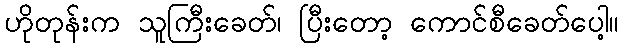
ဟိုတုန်းက သူကြီးခေတ်၊ ပြီးတော့ ကောင်စီခေတ်ပေါ့။